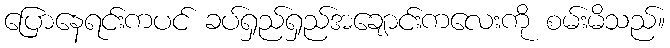
ပြောနေရင်းကပင် ခပ်ရှည်ရှည်အချောင်းကလေးကို စမ်းမိသည်။